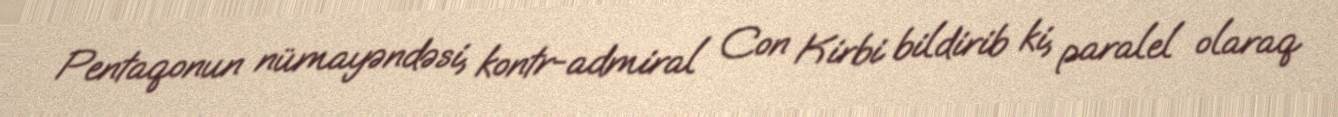
Pentaqonun nümayəndəsi, kontr-admiral Con Kirbi bildirib ki, paralel olaraq